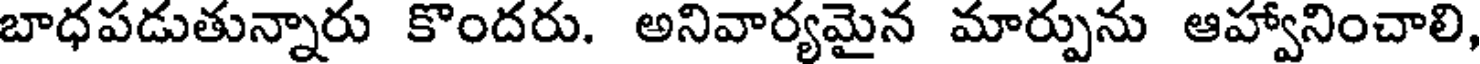
బాధపడుతున్నారు కొందరు. అనివార్యమైన మార్పును ఆహ్వానించాలి,